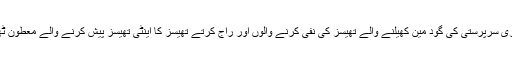
جہاں سرکاری سرپرستی کی گود مین کھیلنے والے تھیسز کی نفی کرنے والوں اور راج کرتے تھیسز کا اینٹی تھیسز پیش کرنے والے معطون ٹھرائے گئے۔